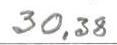
30,38